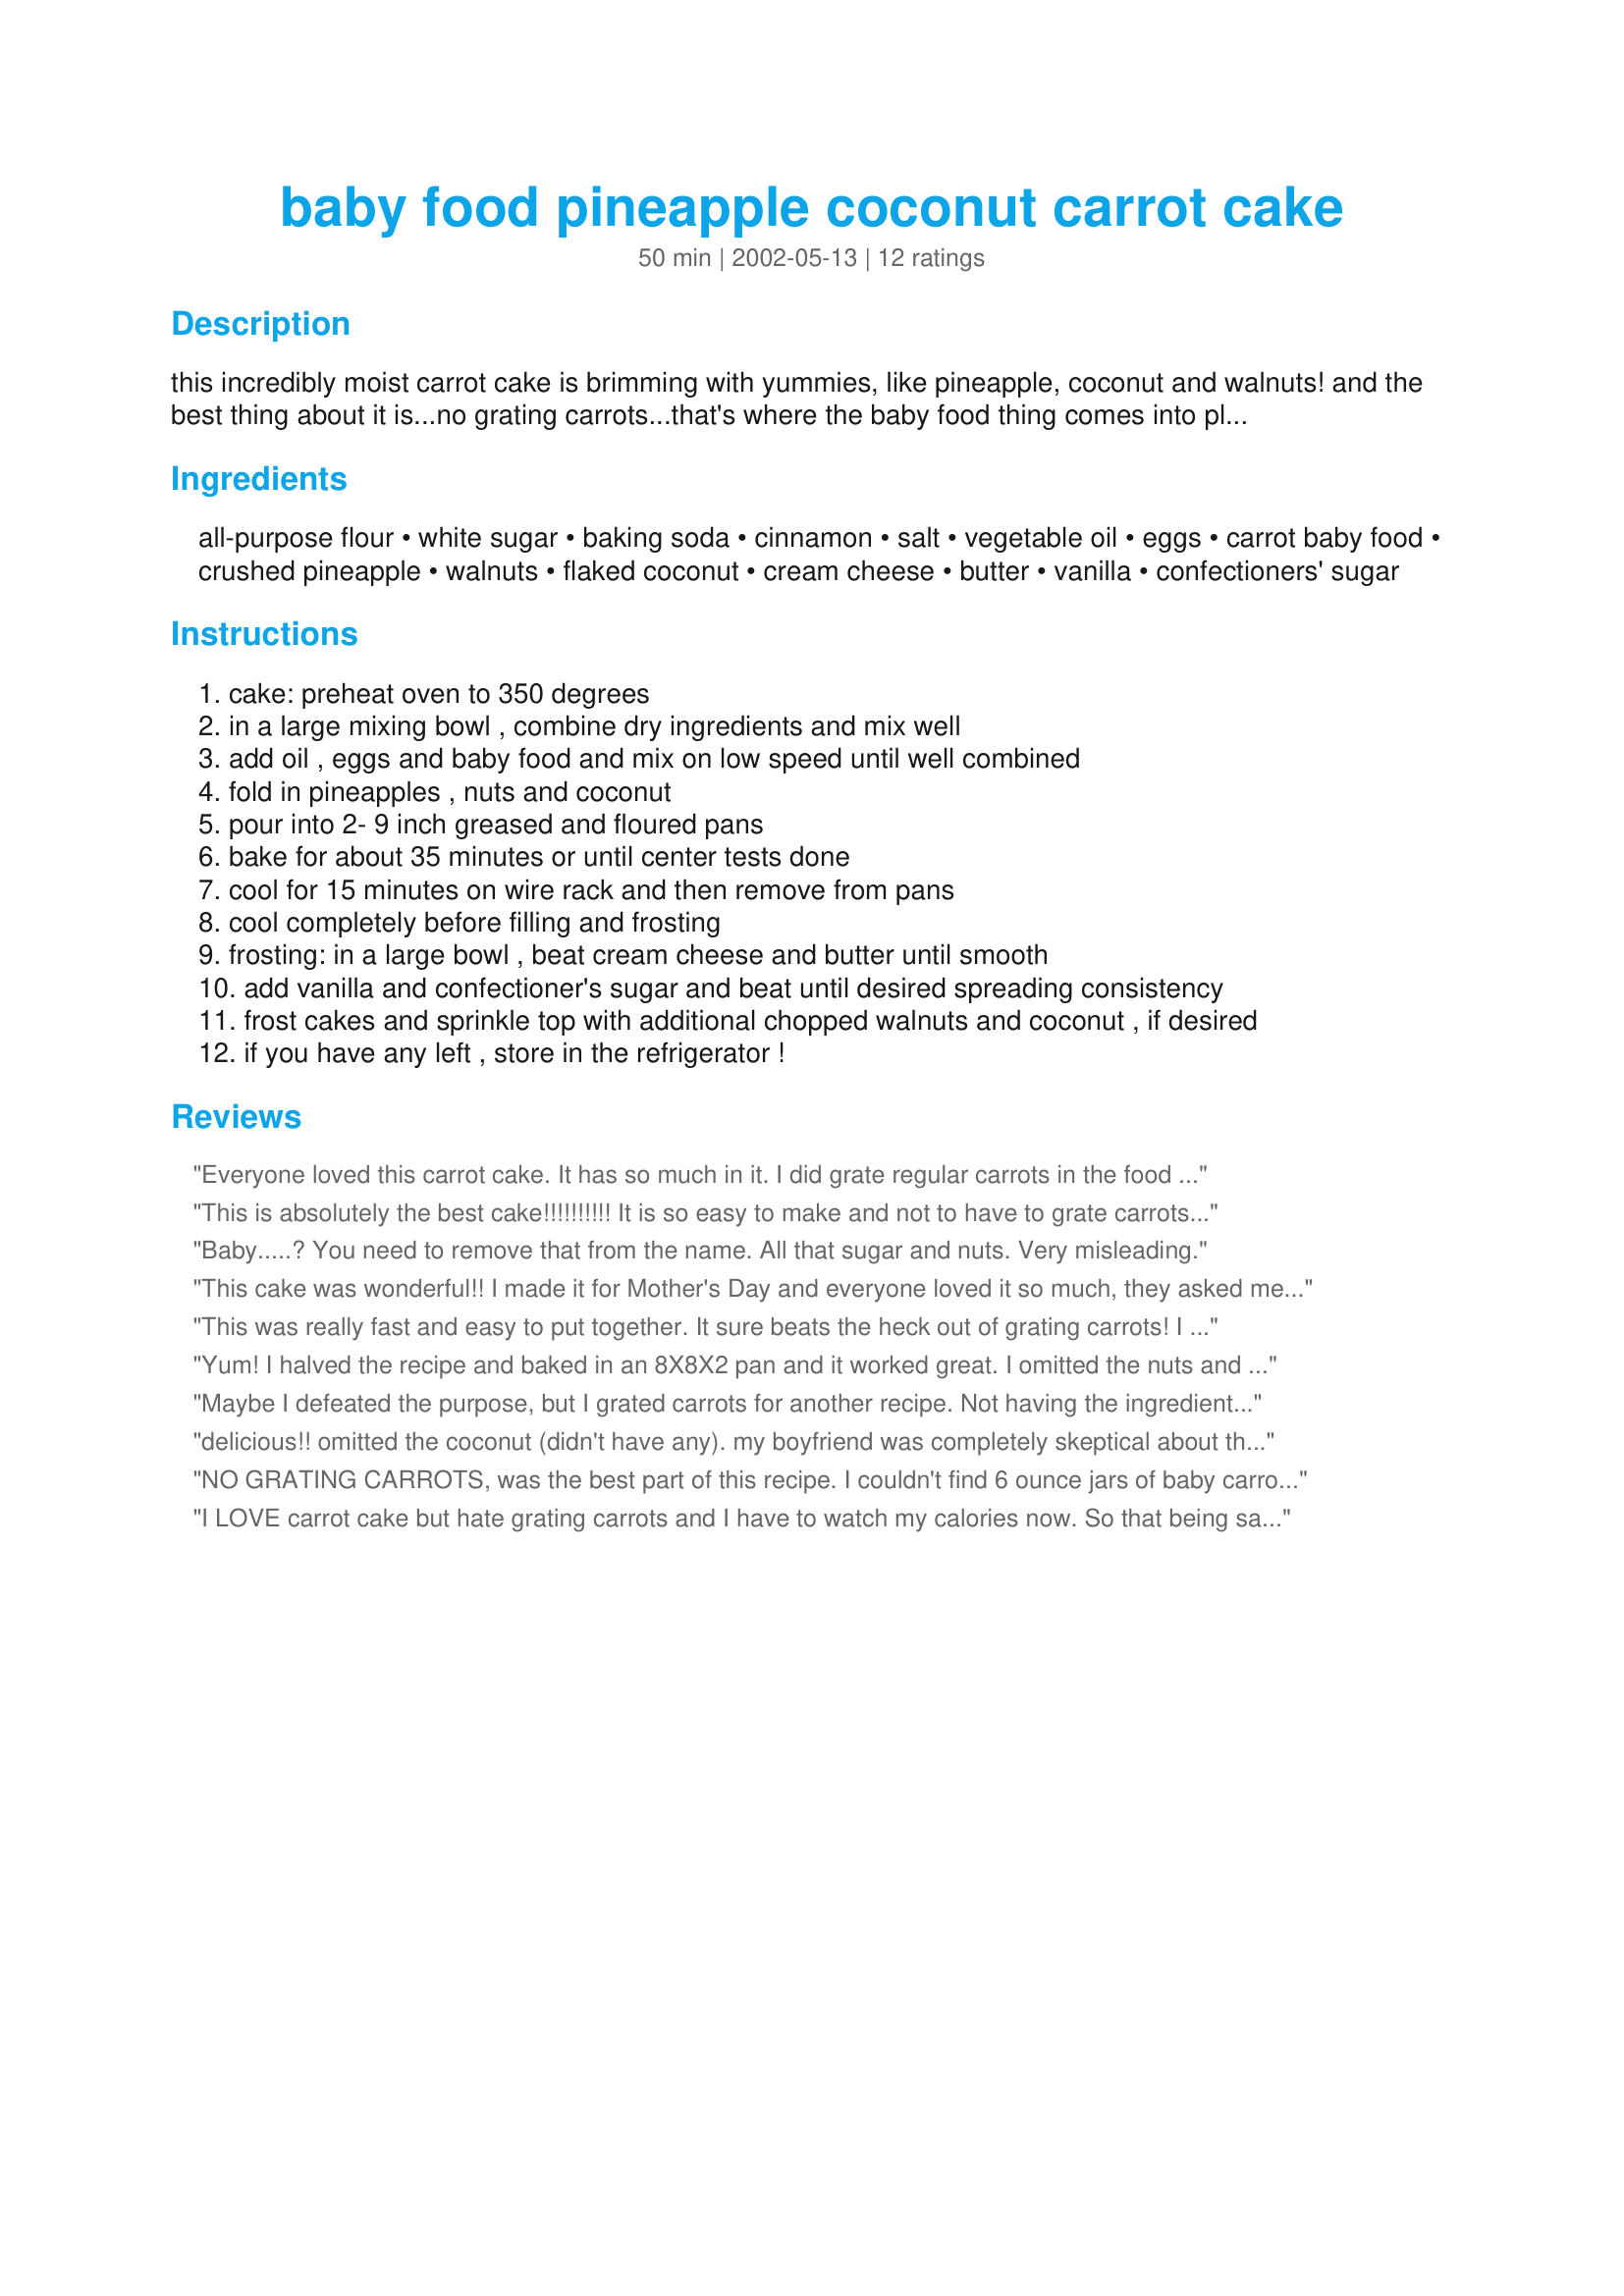
baby food pineapple coconut carrot cake
Preparation time: 50 minutes

this incredibly moist carrot cake is brimming with yummies, like pineapple, coconut and walnuts! and the best thing about it is...no grating carrots...that's where the baby food thing comes into play!!! try it, you'll love it and never grate carrots again..at least not for cake :)

Ingredients:
all-purpose flour, white sugar, baking soda, cinnamon, salt, vegetable oil, eggs, carrot baby food, crushed pineapple, walnuts, flaked coconut, cream cheese, butter, vanilla, confectioners' sugar

Steps:
cake: preheat oven to 350 degrees
in a large mixing bowl , combine dry ingredients and mix well
add oil , eggs and baby food and mix on low speed until well combined
fold in pineapples , nuts and coconut
pour into 2- 9 inch greased and floured pans
bake for about 35 minutes or until center tests done
cool for 15 minutes on wire rack and then remove from pans
cool completely before filling and frosting
frosting: in a large bowl , beat cream cheese and butter until smooth
add vanilla and confectioner's sugar and beat until desired spreading consistency
frost cakes and sprinkle top with additional chopped walnuts and coconut , if desired
if you have any left , store in the refrigerator !

Reviews:
Everyone loved this carrot cake. It has so much in it. I did grate regular carrots in the food processor but everything else was the same. The recipe is similar to another one I have, Coconut Carrot Wedding Cake. I will post that one. Great recipe. Thanks!
This is absolutely the best cake!!!!!!!!!! It is so easy to make and not to have to grate carrots is so good.It is very moist and the coconut just adds to the moistness.
Baby.....? You need to remove that from the name. All that sugar and nuts. Very misleading.
This cake was wonderful!! I made it for Mother's Day and everyone loved it so much, they asked me to make it again for our Memorial Day picnic. I cut down on the amount of sugar and oil in the recipe and it still turned out great. Thanks for a great recipe.
This was really fast and easy to put together. It sure beats the heck out of grating carrots! I will definitely be making this again.........
Yum! I halved the recipe and baked in an 8X8X2 pan and it worked great. I omitted the nuts and added raisins. I had some leftover cream cheese frosting and used it on this cake. Very good - it will be made again!
Maybe I defeated the purpose, but I grated carrots for another recipe. Not having the ingredients for it I came across your recipe so just pureed the carrots and a couple prunes (add sweetness and fiber). This was moist & delish - the perfect ending to Easter dinner -08. I also used a sheet pan so halved the icing recipe. It was decorated with green colored coconut, fresh strawberries and jelly beans for a holiday touch.

Thanks for sharing. It's a keeper!
delicious!! omitted the coconut (didn't have any). my boyfriend was completely skeptical about the substitution of carrot baby food instead of real carrots, but when he tasted it he said "WOW! this is really good! it tastes like the normal stuff!" i cut the recipe in half and baked it in a 9x7 pan. also, i subbed applesauce for 1/3 of the oil. i used '1/3 less fat' cream cheese and no vanilla for the frosting and it was still fantastic!
NO GRATING CARROTS, was the best part of this recipe. I couldn't find 6 ounce jars of baby carrots therefore I used 3 jars of the 4 ounce size and it worked just GREAT. The cake was moist and delicious. It was better the next day. I used half of the frosting recipe for a 9 X 13 pan, otherwise the whole amount would be too much frosting.
I LOVE carrot cake but hate grating carrots and I have to watch my calories now. So that being said I did make some changes so that I could eat this without feeling guilty and boy did it turn out GOOOOOD!! I used 1 cup all-purpose + 1 cup wheat flour, added 1/2 teaspoon allspice, used unsweetened applesauce for all the oil, used egg substitute for the eggs and made a sugar free vanilla sauce for the frosting. It was moist and you would never know it was low cal by the taste of it. With the changes it added up to only 175 little calories per slice (well worth it in my opinion, plus I like to count this as going towards my daily veggies ;)) and you can be sure I will be making this often! Thank you very much!!
Delish and easy!
The reviews stating that this cake is moist and tasty are totally true! It is yummy. It will be my new favorite carrot cake recipe. Thanks Karen!
